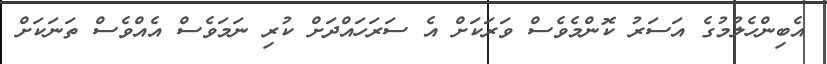
އެބިންހެލުމުގެ އަސަރު ކޮންމެވެސް ވަރަކަށް އެ ސަރަހައްދަށް ކުރި ނަމަވެސް އެއްވެސް ތަނަކަށް